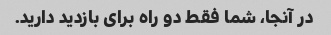
در آنجا، شما فقط دو راه برای بازدید دارید.